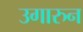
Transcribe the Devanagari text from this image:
उगारुन